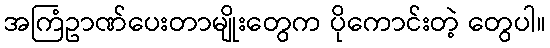
အကြံဥာဏ်ပေးတာမျိုးတွေက ပိုကောင်းတဲ့ တွေပါ။